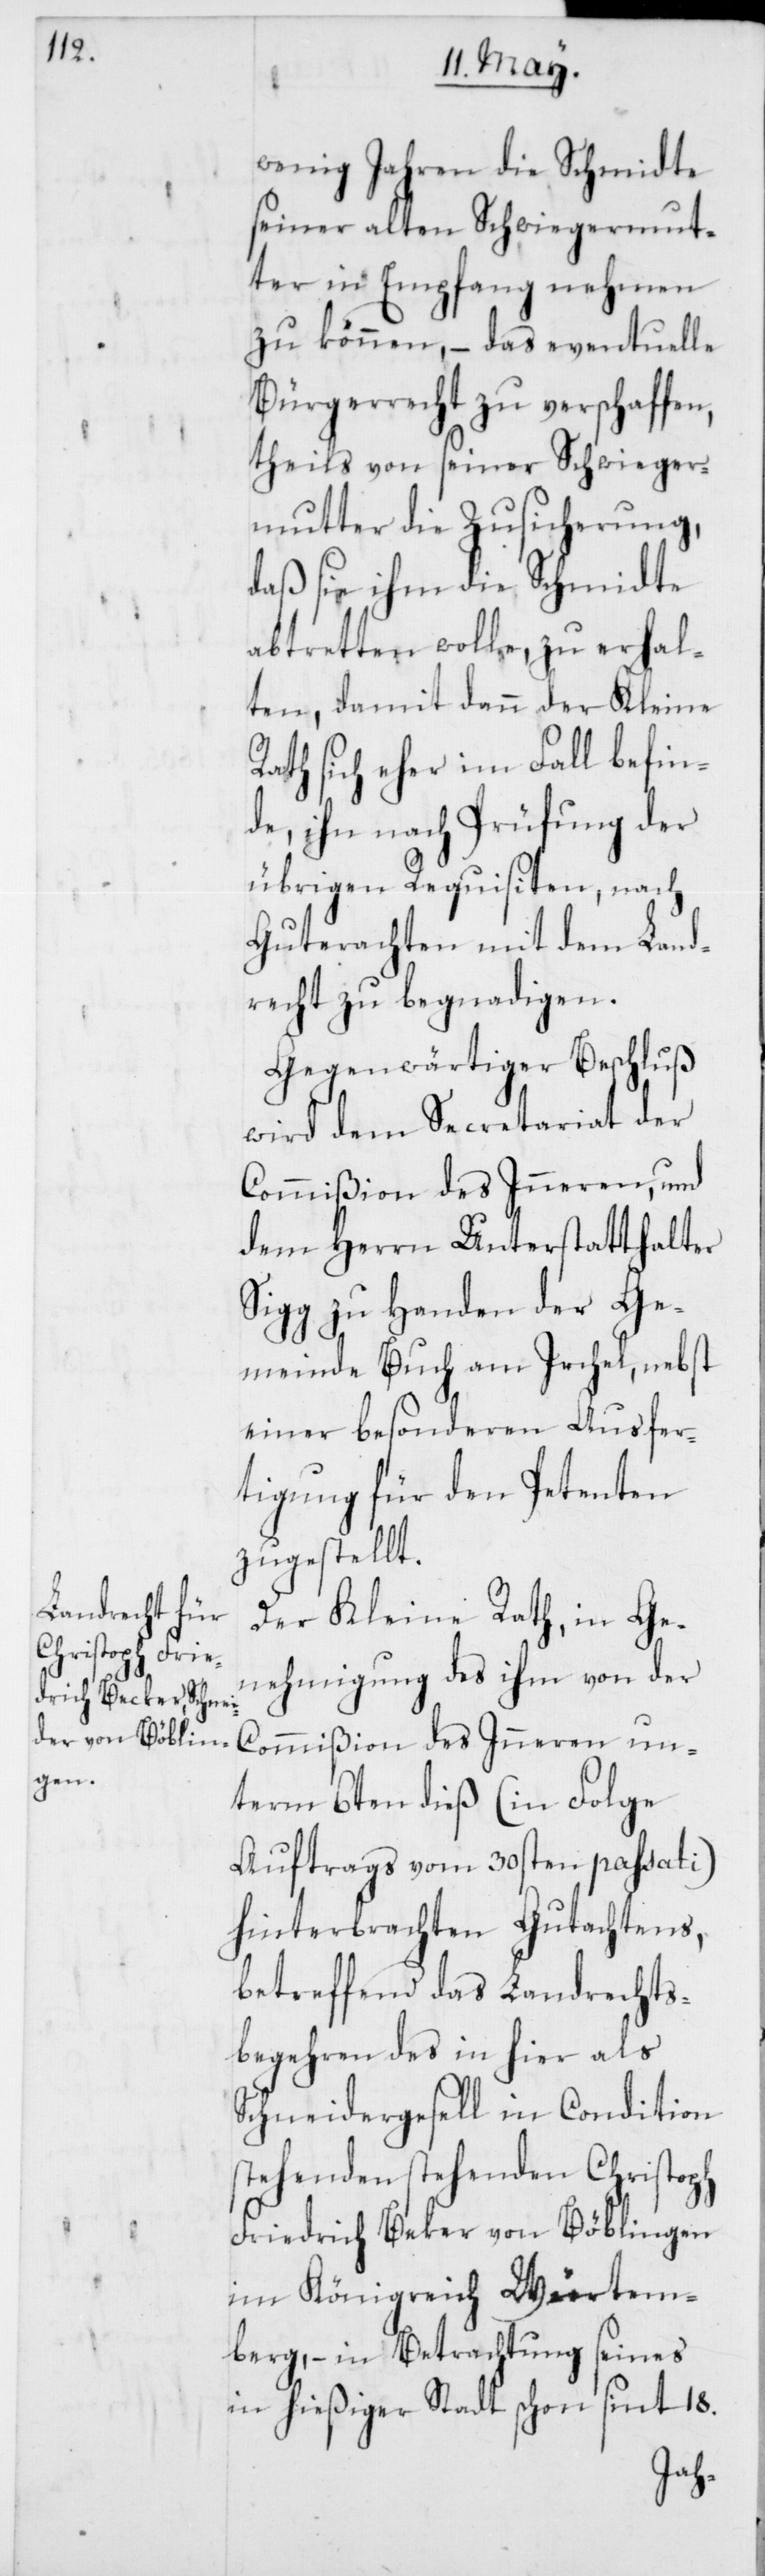
wenig Jahren die Schmidte
seiner alten Schwiegermut¬
ter in Empfang nehmen
zu können, – das eventuelle
Bürgerrecht zu verschaffen,
theils von seiner Schwieger¬
mutter die Zusicherung,
daß sie ihm die Schmidte
abtretten wolle, zu erhal¬
ten, damit dann der Kleine
Rath sich eher im Fall befin¬
de, ihn nach Prüfung der
übrigen Requisiten, nach
Guterachten mit dem Land¬
recht zu begnadigen.
Gegenwärtiger Beschluß
wird dem Secretariat der
Commißion des Inneren, und
dem Herrn Unterstatthalter
Sigg zu Handen der Ge¬
meinde Buch am Irchel, nebst
einer besonderen Ausfer¬
tigung für den Petenten
zugestellt.
Der Kleine Rath, in Ge¬
nehmigung des ihm von der
Commißion des Inneren un¬
term 6ten dieß (in Folge
Auftrags vom 30sten passati)
hinterbrachten Gutachtens,
betreffend das Landrechts¬
begehren des in hier als
Schneidergesell in Condition
Friedrich Beker von Böblingen
im Königreich Württem¬
berg, – in Betrachtung seines
in hießiger Stadt schon sint 18.